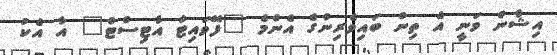
އިޝާން ވަނީ އެ ތިން ބައިވެރިންގެ އެންމެ "ފޭވައިޓް އާޓިސްޓް" އާ އެކު